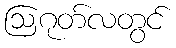
ဩဂုတ်လတွင်